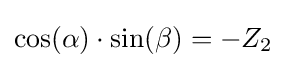
\cos(\alpha )\cdot \sin(\beta )=-Z_{2}